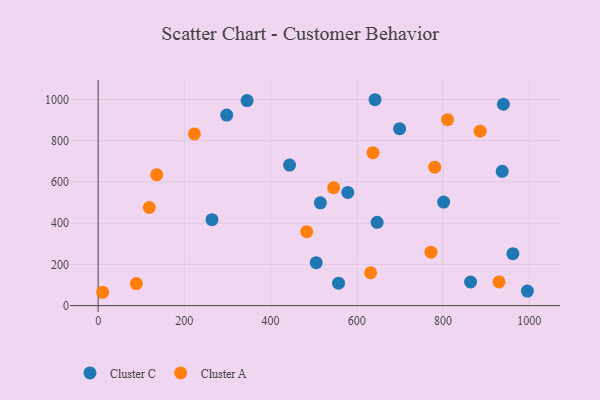
{"axis": {"x": "Speed", "y": "Salary"}, "legend": ["Cluster A", "Cluster C"], "data": [{"x": "515.5", "y": 498.6, "type": "Cluster C"}, {"x": "298.2", "y": 924.3, "type": "Cluster C"}, {"x": "937.3", "y": 651.6, "type": "Cluster C"}, {"x": "647.2", "y": 404.0, "type": "Cluster C"}, {"x": "801.4", "y": 502.0, "type": "Cluster C"}, {"x": "863.9", "y": 114.6, "type": "Cluster C"}, {"x": "264.0", "y": 416.9, "type": "Cluster C"}, {"x": "444.0", "y": 681.7, "type": "Cluster C"}, {"x": "345.5", "y": 994.7, "type": "Cluster C"}, {"x": "505.9", "y": 208.2, "type": "Cluster C"}, {"x": "557.6", "y": 108.8, "type": "Cluster C"}, {"x": "940.1", "y": 976.7, "type": "Cluster C"}, {"x": "962.1", "y": 252.2, "type": "Cluster C"}, {"x": "699.3", "y": 858.1, "type": "Cluster C"}, {"x": "995.7", "y": 70.4, "type": "Cluster C"}, {"x": "642.3", "y": 998.6, "type": "Cluster C"}, {"x": "579.1", "y": 548.8, "type": "Cluster C"}, {"x": "637.5", "y": 741.6, "type": "Cluster A"}, {"x": "780.7", "y": 671.7, "type": "Cluster A"}, {"x": "10.4", "y": 64.8, "type": "Cluster A"}, {"x": "88.6", "y": 107.1, "type": "Cluster A"}, {"x": "929.9", "y": 114.9, "type": "Cluster A"}, {"x": "886.1", "y": 846.3, "type": "Cluster A"}, {"x": "772.1", "y": 259.5, "type": "Cluster A"}, {"x": "118.6", "y": 476.0, "type": "Cluster A"}, {"x": "632.0", "y": 159.4, "type": "Cluster A"}, {"x": "810.6", "y": 902.0, "type": "Cluster A"}, {"x": "135.8", "y": 634.8, "type": "Cluster A"}, {"x": "223.2", "y": 832.9, "type": "Cluster A"}, {"x": "483.7", "y": 358.7, "type": "Cluster A"}, {"x": "546.3", "y": 572.0, "type": "Cluster A"}]}